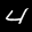
Label: 4